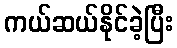
ကယ်ဆယ်နိုင်ခဲ့ပြီး